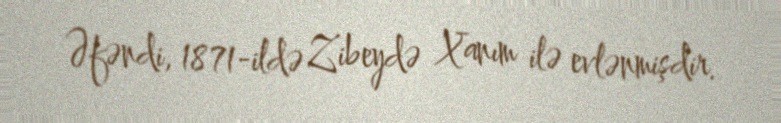
Əfəndi, 1871-ildə Zibeydə Xanım ilə evlənmişdir.